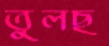
তুলছ